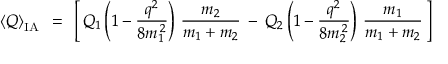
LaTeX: \left< Q \right> _ { \mathrm { I A } } \: \: = \: \: \left[ \, Q _ { 1 } \left( 1 - \frac { q ^ { 2 } } { 8 m _ { 1 } ^ { \, 2 } } \right) \, \frac { m _ { 2 } } { m _ { 1 } + m _ { 2 } } \: - \: Q _ { 2 } \left( 1 - \frac { q ^ { 2 } } { 8 m _ { 2 } ^ { \, 2 } } \right) \, \frac { m _ { 1 } } { m _ { 1 } + m _ { 2 } } \, \right]